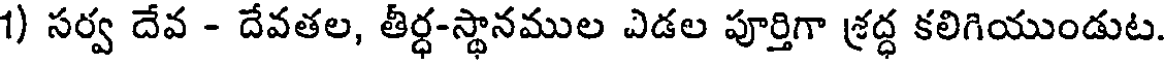
1) సర్వ దేవ - దేవతల, తీర్ధ-స్థానముల ఎడల పూర్తిగా శ్రద్ధ కలిగియుండుట.